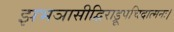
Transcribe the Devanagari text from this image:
झभञासीद्विराड्रूपचिदात्मनः।